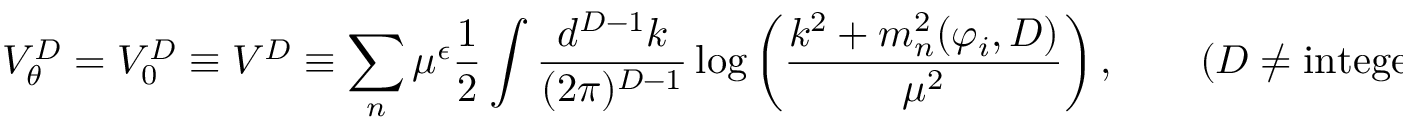
V _ { \theta } ^ { D } = V _ { 0 } ^ { D } \equiv V ^ { D } \equiv \sum _ { n } \mu ^ { \epsilon } { \frac { 1 } { 2 } } \int { \frac { d ^ { D - 1 } k } { ( 2 \pi ) ^ { D - 1 } } } \log \left( { \frac { k ^ { 2 } + m _ { n } ^ { 2 } ( \varphi _ { i } , D ) } { \mu ^ { 2 } } } \right) , \quad \quad ( D \neq \mathrm { i n t e g e r } ) .